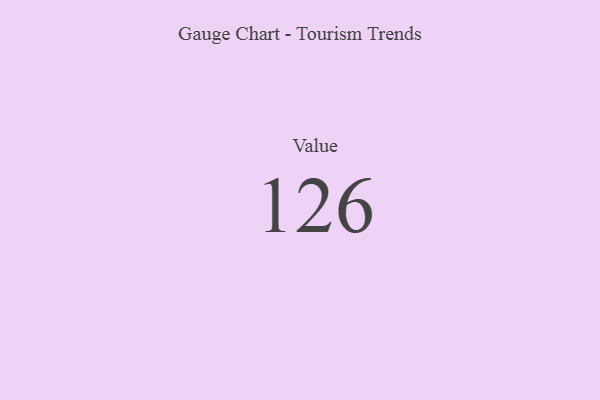
{"axis": {"x": "Metric", "y": "Value"}, "legend": [""], "data": [{"x": "Value", "y": 126, "type": ""}]}